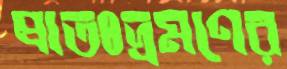
প্রাতঃভ্রমণের